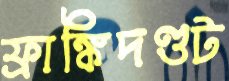
ফ্রাঙ্কিদণ্ডট